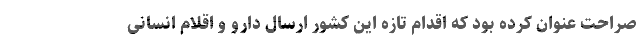
صراحت عنوان کرده بود که اقدام تازه این کشور ارسال دارو و اقلام انسانی